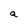
Character: a